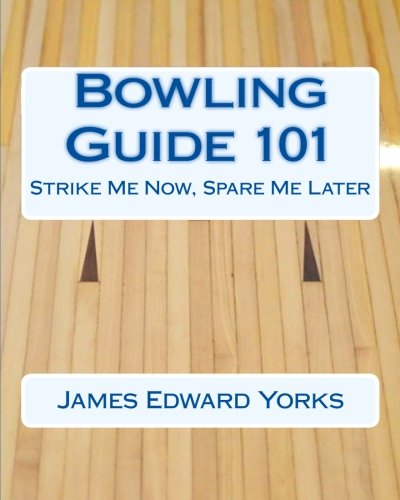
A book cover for Bowling Guide 101: Strike Me Now, Spare Me Later; James Edward Yorks; Sports & Outdoors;